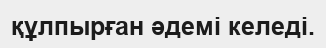
құлпырған әдемі келеді.